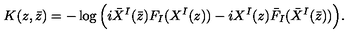
K ( z , \bar { z } ) = - \log \Big ( i \bar { X } ^ { I } ( \bar { z } ) F _ { I } ( X ^ { I } ( z ) ) - i X ^ { I } ( z ) \bar { F } _ { I } ( \bar { X } ^ { I } ( \bar { z } ) ) \Big ) .